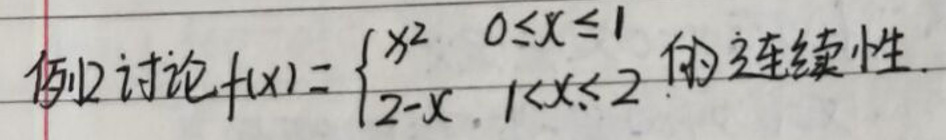
例2 讨论$f(x)=\begin{cases}x^{2},&0\leqslant x\leqslant1\\2 - x,&1\lt x\leqslant2\end{cases}$的连续性.